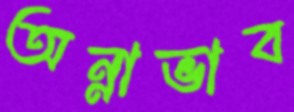
অন্নাভাব